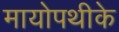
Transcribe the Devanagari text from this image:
मायोपथीके